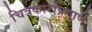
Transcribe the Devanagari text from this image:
चित्रकारांप्रमाणे